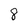
Character: 8